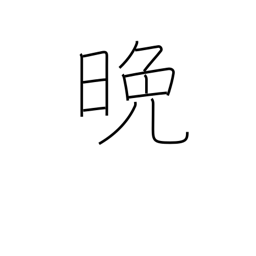
Meaning: night